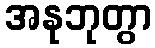
အနုဘုတွာ